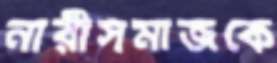
নারীসমাজকে